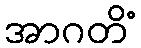
အာဂတိံ